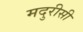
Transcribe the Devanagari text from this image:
मदुरीसी